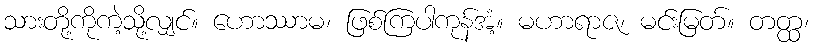
သားတို့ကိုကဲ့သို့လျှင်။ ဟောဿာမ၊ ဖြစ်ကြပါကုန်အံ့။ မဟာရာဇ၊ မင်းမြတ်။ တတ္ထ၊